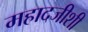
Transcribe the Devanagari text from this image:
महादजीशी